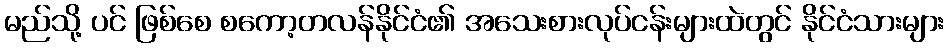
မည်သို့ ပင် ဖြစ်စေ စကော့တလန်နိုင်ငံ၏ အသေးစားလုပ်ငန်းများထဲတွင် နိုင်ငံသားများ